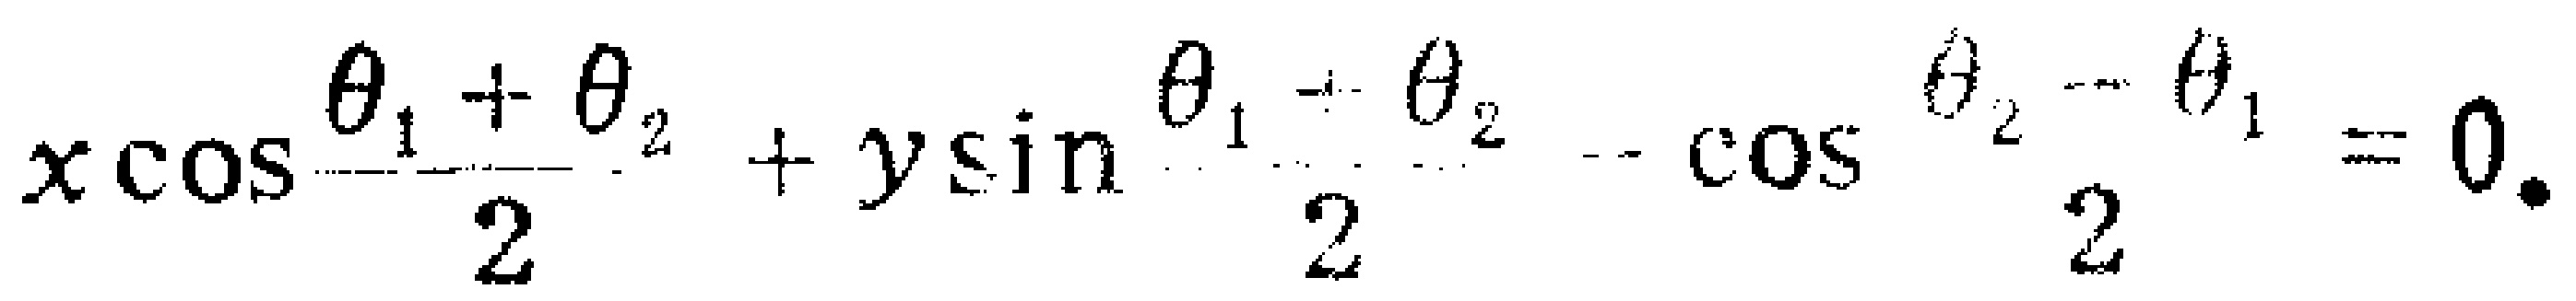
\(x\cos\frac{\theta_{1}+\theta_{2}}{2}+y\sin\frac{\theta_{1}-\theta_{2}}{2}-\cos\frac{\theta_{2}-\theta_{1}}{2}=0.\)